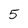
Character: 5